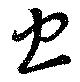
虫